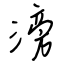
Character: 滂